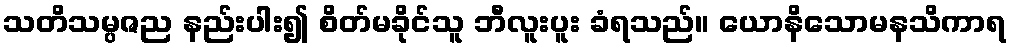
သတိသမ္ပဇည နည်းပါး၍ စိတ်မခိုင်သူ ဘီလူးပူး ခံရသည်။ ယောနိသောမနသိကာရ